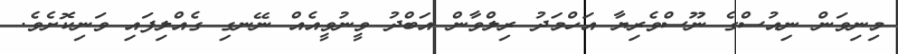
މިނިވަން ނިއުސްގެ ނޫސްވެރިޔާ އަހްމަދު ރިލްވާން އަބްދު ވީނުވީއެއް ނޭނގި ގެއްލިފައި ވަނިކޮށެވެ.